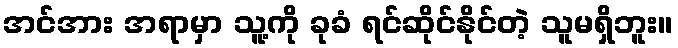
အင်အား အရာမှာ သူ့ကို ခုခံ ရင်ဆိုင်နိုင်တဲ့ သူမရှိဘူး။